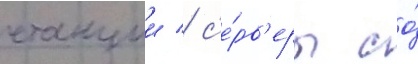
станции / с'е́рв'еры со́